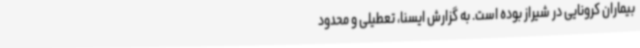
بیماران کرونایی در شیراز بوده است. به گزارش ایسنا، تعطیلی و محدود